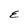
Character: E